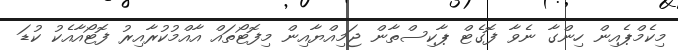
މިކެމްޕެއިން ހިންގާ ނެވާ ފޮގެޓް ޕާކިސްތާން ޖަމިއްޔާއިން މިފޮޓޯތައް އާއްމުކުރާއިރު ފޮޓޯއާއެކު ކުޑަ